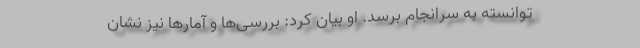
توانسته به سرانجام برسد. او بیان کرد: بررسی‌ها و آمارها نیز نشان